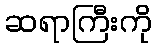
ဆရာကြီးကို